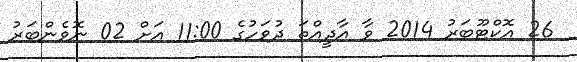
26 އޮކްޓޫބަރު 2014 ވާ އާދީއްތަ ދުވަހުގެ 11:00 އަށް 02 ނޮވެންބަރު